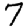
Digit: 7